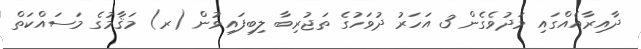
ދާއިރާއެއްގައި މަދުވެގެން 3 އަހަރު ދުވަހުގެ ތަޖުރިބާ ލިބިފައިވުން (ރ) މަޤާމުގެ މަސައްކަތް